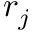
r _ { j }